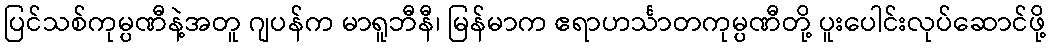
ပြင်သစ်ကုမ္ပဏီနဲ့အတူ ဂျပန်က မာရူဘီနီ၊ မြန်မာက ဧရာဟင်္သာတကုမ္ပဏီတို့ ပူးပေါင်းလုပ်ဆောင်ဖို့